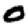
Digit: 0